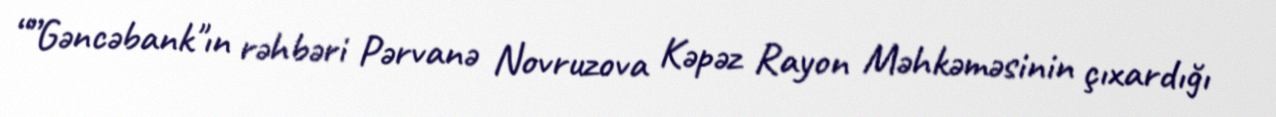
“”Gəncəbank"ın rəhbəri Pərvanə Novruzova Kəpəz Rayon Məhkəməsinin çıxardığı